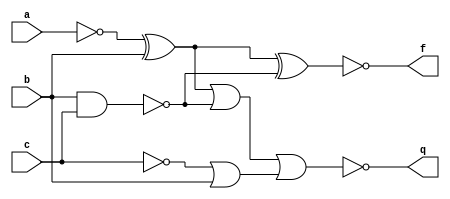
`timescale 1ns / 1ps
//////////////////////////////////////////////////////////////////////////////////
// Company: 
// Engineer: 
// 
// Design Name: 
// Module Name: odev1_a
// Project Name: 
// Target Devices: 
// Tool Versions: 
// Description: 
// 
// Dependencies: 
// 
// Revision:
// Revision 0.01 - File Created
// Additional Comments:
// 
//////////////////////////////////////////////////////////////////////////////////


module odev1_a(
input a,b,c,
output f,q
);

wire notA,notC,xorAB,nandBC,orBC;

not(notA,a);
not(notC,c);
xor(xorAB,notA,b);
nand(nandBC,b,c);
or(orBC,notC,b);
xnor(f,xorAB,nandBC);
nor(q,xorAB,nandBC,orBC);

endmodule